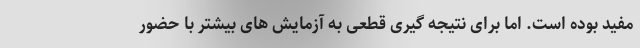
مفید بوده است. اما برای نتیجه گیری قطعی به آزمایش های بیشتر با حضور